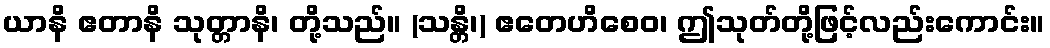
ယာနိ ဧတာနိ သုတ္တာနိ၊ တို့သည်။ (သန္တိ၊) ဧတေဟိစေဝ၊ ဤသုတ်တို့ဖြင့်လည်းကောင်း။